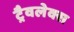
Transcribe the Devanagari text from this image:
ट्रैवलेक्स